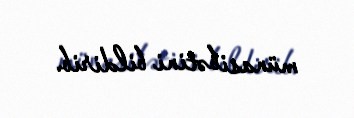
münasibətini bildirib.